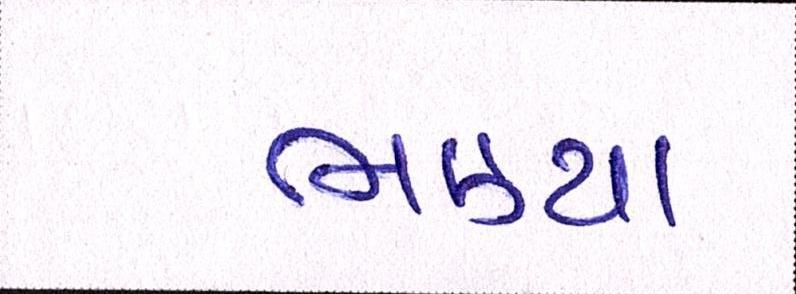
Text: ભણ્યા